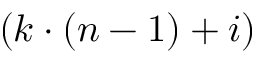
( k \cdot ( n - 1 ) + i )